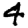
Digit: 4